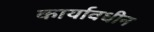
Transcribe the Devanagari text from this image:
कार्यावधीन